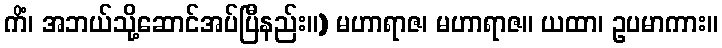
ကိံ၊ အဘယ်သို့ဆောင်အပ်ပြီနည်း။) မဟာရာဇ၊ မဟာရာဇ။ ယထာ၊ ဥပမာကား။